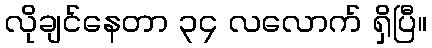
လိုချင်နေတာ ၃၄ လလောက် ရှိပြီ။